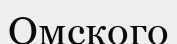
Омского